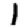
Digit: 1